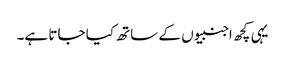
یہی کچھ اجنبیوں کے ساتھ کیا جاتا ہے۔